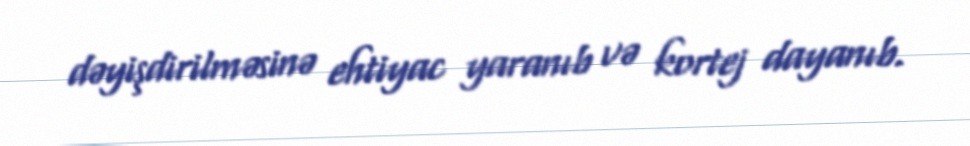
dəyişdirilməsinə ehtiyac yaranıb və kortej dayanıb.